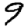
Digit: 9